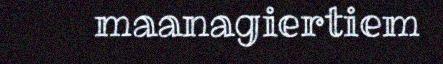
maanagiertiem